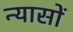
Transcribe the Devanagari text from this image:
न्‍यासों